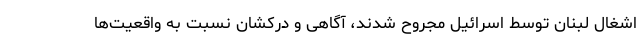
اشغال لبنان توسط اسرائیل مجروح شدند، آگاهی و درکشان نسبت به واقعیت‌ها